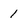
Character: 1